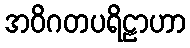
အဝိဂတပရိဠာဟာ